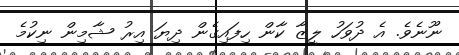
ނޫނެވެ. އެ ދުވަހު ލީޒާ ކާން ހިފައިގެން ދިޔަ އިރު ޝާމިން ނިކުމެ